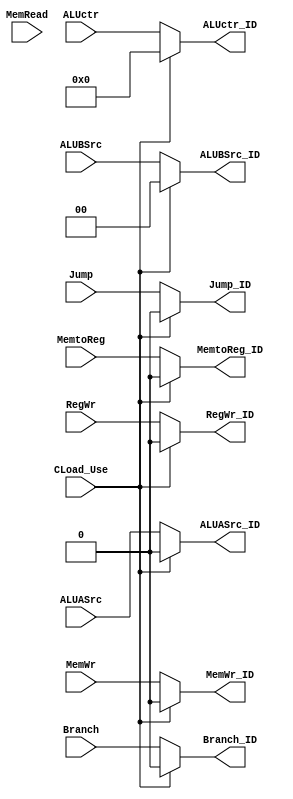
//load-use 
module Mul_ctr_loadUse (
    input MemWr,
    input Branch,
    input Jump,
    input MemtoReg,
    input RegWr,
    input ALUASrc,
    input [1:0] ALUBSrc,
    input [3:0]  ALUctr,
    input MemRead,

    input CLoad_Use,

    output wire MemWr_ID,
    output wire Branch_ID,
    output wire Jump_ID,
    output wire MemtoReg_ID,
    output wire RegWr_ID,
    output wire ALUASrc_ID,
    output wire [1:0] ALUBSrc_ID,
    output wire [3:0]  ALUctr_ID

);
    

assign MemWr_ID = CLoad_Use? 1'b0: MemWr;
assign Branch_ID = CLoad_Use? 1'b0:Branch;
assign Jump_ID = CLoad_Use? 1'b0:Jump;
assign MemtoReg_ID = CLoad_Use? 1'b0:MemtoReg;
assign RegWr_ID = CLoad_Use? 1'b0:RegWr;
assign ALUASrc_ID = CLoad_Use? 1'b0:ALUASrc;
assign ALUBSrc_ID = CLoad_Use? 2'b0:ALUBSrc;
assign ALUctr_ID = CLoad_Use? 4'b0:ALUctr;

endmodule